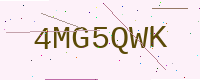
Text: 4MG5QWK